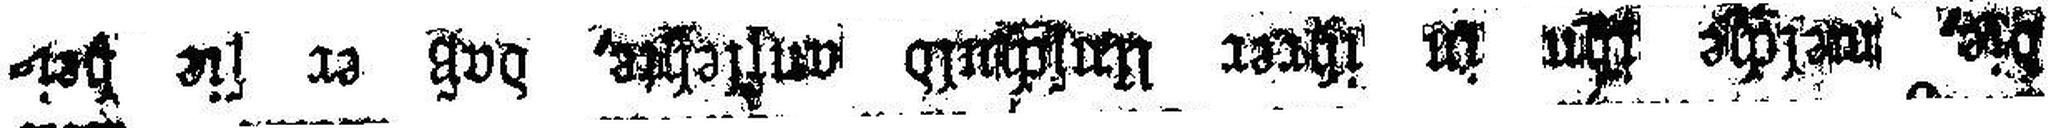
die, welche ihn in ihrer Unschuld auflehte, daß er sie hei¬